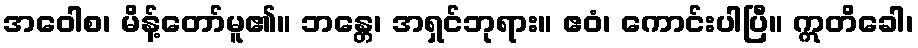
အဝေါစ၊ မိန့်တော်မူ၏။ ဘန္တေ၊ အရှင်ဘုရား။ ဧဝံ၊ ကောင်းပါပြီ။ ဣတိခေါ၊